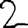
Digit: 2